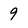
Character: 9